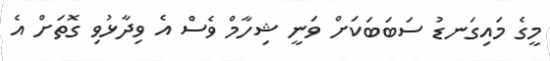
މީގެ މައިގަނޑު ސަބަބަކަށް ވަނީ ޝިހާމް ވެސް އެ ވިދާޅުވި ގޮތަށް އެ